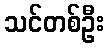
သင်တစ်ဦး